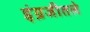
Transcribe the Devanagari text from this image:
इंग्रजीतले